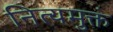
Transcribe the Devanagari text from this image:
नित्यमुक्तं